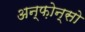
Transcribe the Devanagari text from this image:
अन्फ़ोन्सो